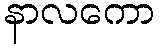
နာလကော